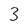
Character: 3